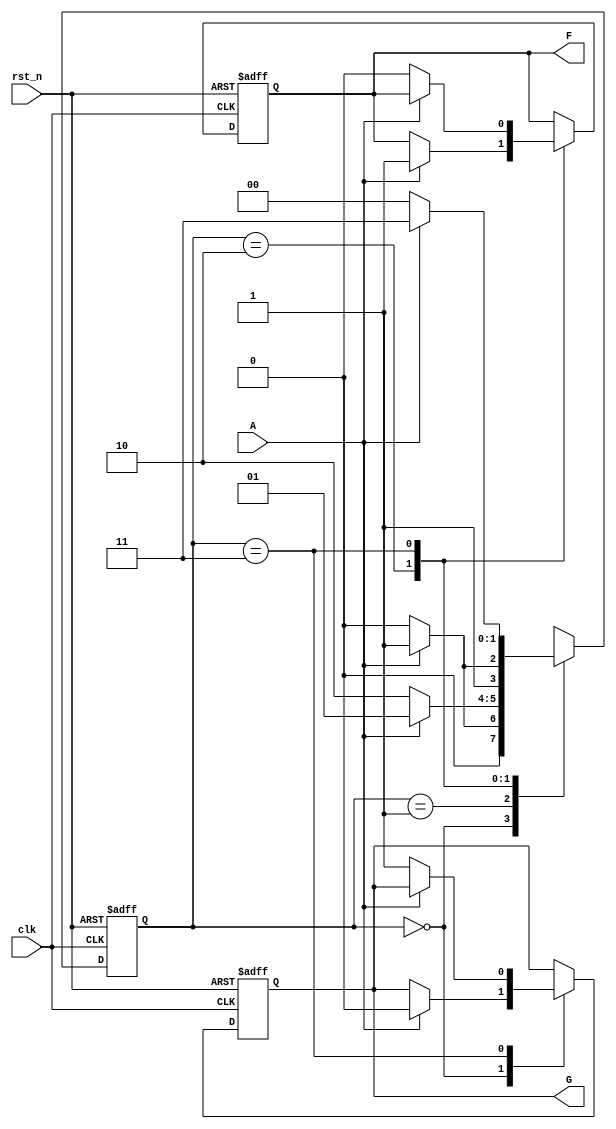
module fsm(
clk,rst_n,A,
F,G
);

input clk,rst_n,A;
output F,G;
reg F,G;
reg[1:0] state;

parameter Idle=2'b00, Start=2'b01, Stop=2'b10, Clear=2'b11;

always@(posedge clk, negedge rst_n)
if(!rst_n)
begin
	state <= Idle;
	F <= 0;
	G <= 0;
end
else
	case (state)
	Idle: begin
				if(A)
					begin 
						state <= Start;
						G <=0;
					end
				else
					state <= Idle;
			end
	Start: begin
				if(!A)
					state <= Stop;
				else
					state <= Start;				
			 end
	Stop: begin
				if(A) 
					begin
						state <= Clear;
						F <= 1;
					end
				else
					state <= Stop;
			end
	Clear: begin
				if(!A)
					begin
						state <= Idle;
						F <= 0; G <= 1;
					end
				else
					state <= Clear;
			 end
	endcase

endmodule